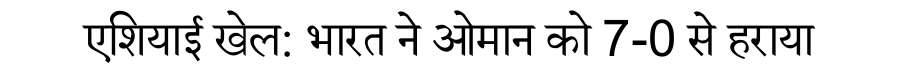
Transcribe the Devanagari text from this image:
एशियाई खेल: भारत ने ओमान को 7-0 से हराया